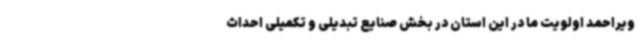
ویراحمد اولویت ما در این استان در بخش صنایع تبدیلی و تکمیلی احداث